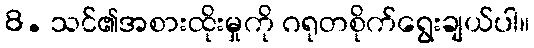
8. သင်၏အစားထိုးမှုကို ဂရုတစိုက်ရွေးချယ်ပါ။